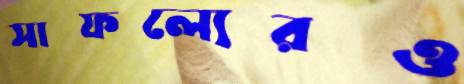
সাফল্যেরও